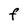
Character: F